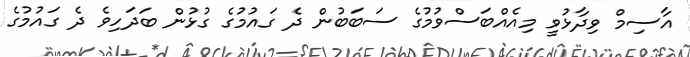
އާސިމް ވިދާޅުވީ މިއެއްބަސްވުމުގެ ސަބަބުން ދެ ގައުމުގެ ގުޅުން ބަދަހިވެ ދެ ގައުމުގެ